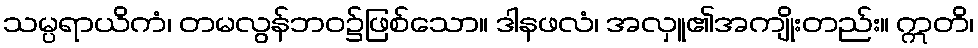
သမ္ပရာယိကံ၊ တမလွန်ဘဝ၌ဖြစ်သော။ ဒါနဖလံ၊ အလှူ၏အကျိုးတည်း။ ဣတိ၊